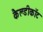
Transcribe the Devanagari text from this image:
कैल्डीकॉट